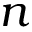
n